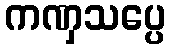
ကဏှသပ္ပေ